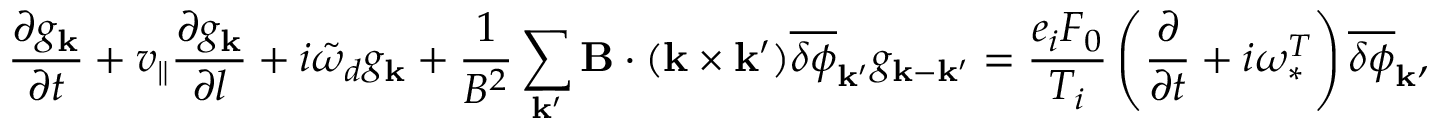
\frac { \partial g _ { \bf k } } { \partial t } + v _ { \| } \frac { \partial g _ { \bf k } } { \partial l } + i \tilde { \omega } _ { d } g _ { \bf k } + \frac { 1 } { B ^ { 2 } } \sum _ { { \bf k } ^ { \prime } } { \bf B } \cdot ( { \bf k } \times { \bf k } ^ { \prime } ) \overline { { \delta \phi } } _ { { \bf k } ^ { \prime } } g _ { { \bf k } - { \bf k } ^ { \prime } } = \frac { e _ { i } F _ { 0 } } { T _ { i } } \left( \frac { \partial } { \partial t } + i \omega _ { \ast } ^ { T } \right) \overline { { \delta \phi } } _ { \bf k } ,